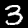
Digit: 3